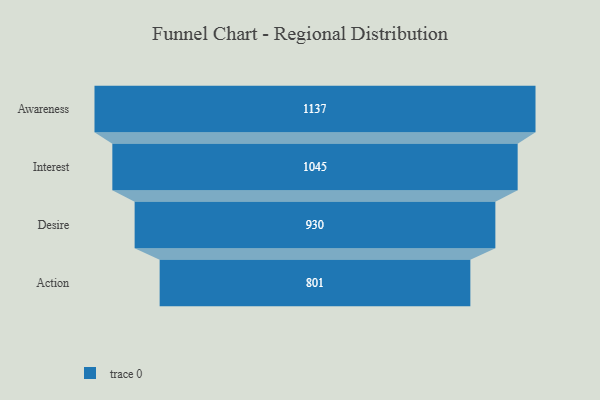
{"axis": {"x": "Stage", "y": "Value"}, "legend": [""], "data": [{"x": "Awareness", "y": 1137.0, "type": ""}, {"x": "Interest", "y": 1045.0, "type": ""}, {"x": "Desire", "y": 930.0, "type": ""}, {"x": "Action", "y": 801.0, "type": ""}]}